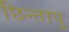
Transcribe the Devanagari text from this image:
छिन्तापु